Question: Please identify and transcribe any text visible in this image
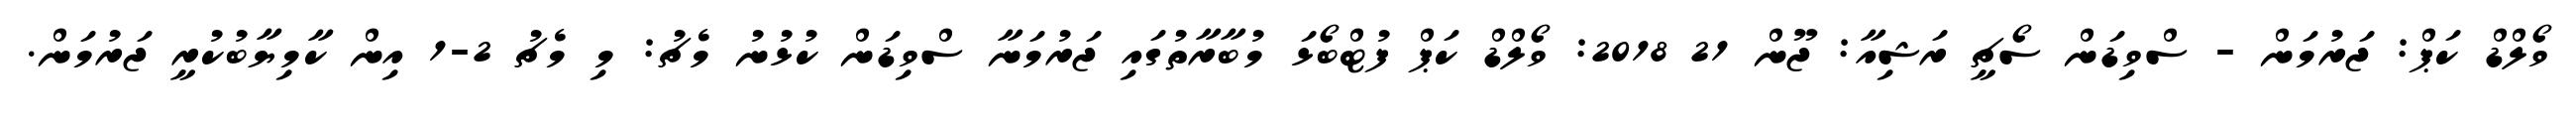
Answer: ވޯލްޑް ކަޕް: ޖަރުމަން - ސްވިޑަން ސޯޗީ ރަޝިއާ: ޖޫން 21 2018: ވޯލްޑް ކަޕް ފުޓްބޯޅަ މުބާރާތުގައި ޖަރުމަނާ ސްވިޑަން ކުޅުނު މެޗު: މި މެޗު 2-1 އިން ކާމިޔާބުކުރީ ޖަރުމަން.